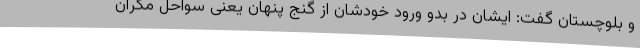
و بلوچستان گفت: ایشان در بدو ورود خودشان از گنج پنهان یعنی سواحل مکران